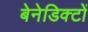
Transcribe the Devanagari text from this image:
बेनेडिक्टों